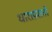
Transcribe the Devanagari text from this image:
धाराप्रपातों